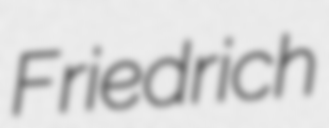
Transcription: Friedrich